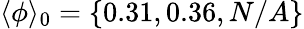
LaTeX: \langle\phi\rangle_{0}=\{ 0.31,0.36,N/A\}